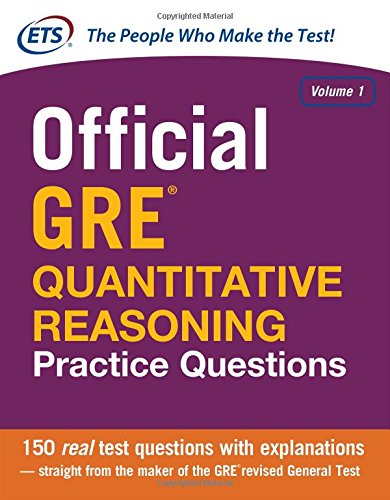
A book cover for Official GRE Quantitative Reasoning Practice Questions; Educational Testing Service; Test Preparation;